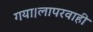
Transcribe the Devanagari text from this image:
गया।लापरवाही